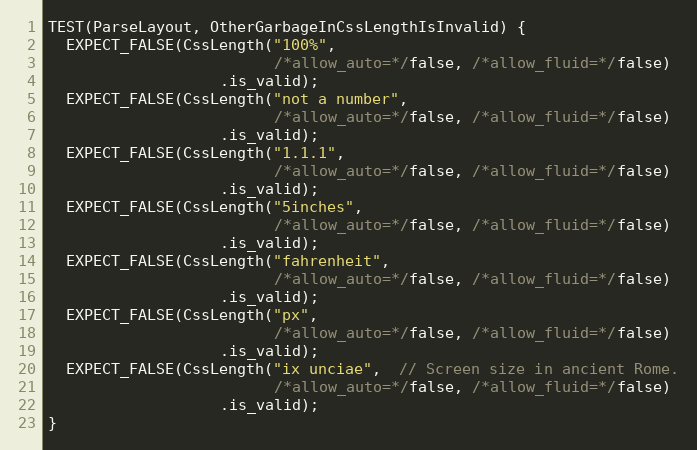
Language: C++
TEST(ParseLayout, OtherGarbageInCssLengthIsInvalid) {
  EXPECT_FALSE(CssLength("100%",
                         /*allow_auto=*/false, /*allow_fluid=*/false)
                   .is_valid);
  EXPECT_FALSE(CssLength("not a number",
                         /*allow_auto=*/false, /*allow_fluid=*/false)
                   .is_valid);
  EXPECT_FALSE(CssLength("1.1.1",
                         /*allow_auto=*/false, /*allow_fluid=*/false)
                   .is_valid);
  EXPECT_FALSE(CssLength("5inches",
                         /*allow_auto=*/false, /*allow_fluid=*/false)
                   .is_valid);
  EXPECT_FALSE(CssLength("fahrenheit",
                         /*allow_auto=*/false, /*allow_fluid=*/false)
                   .is_valid);
  EXPECT_FALSE(CssLength("px",
                         /*allow_auto=*/false, /*allow_fluid=*/false)
                   .is_valid);
  EXPECT_FALSE(CssLength("ix unciae",  // Screen size in ancient Rome.
                         /*allow_auto=*/false, /*allow_fluid=*/false)
                   .is_valid);
}